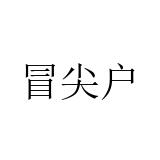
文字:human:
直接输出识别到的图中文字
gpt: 冒尖户